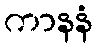
ကာနနံ